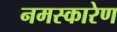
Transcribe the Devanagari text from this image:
नमस्कारेण